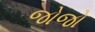
જોજો